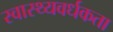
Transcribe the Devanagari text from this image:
स्वास्थ्यवर्धकता